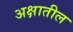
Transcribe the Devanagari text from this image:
अक्षातील